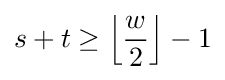
s+t\geq \left\lfloor {\frac {w}{2}}\right\rfloor -1